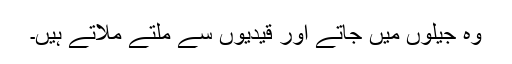
وہ جیلوں میں جاتے اور قیدیوں سے ملتے ملاتے ہیں۔